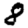
Digit: 8